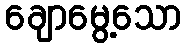
ချောမွေ့သော